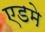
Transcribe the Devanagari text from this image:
एडमे